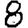
Digit: 8